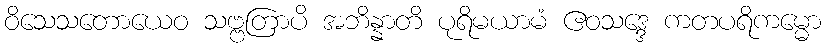
ဝိသေသတောယေဝ သဗ္ဗတြာပိ အဘိန္နာတိ ပုရိမယာမံ ဧဝသဒ္ဒေ ကတပရိကမ္မော